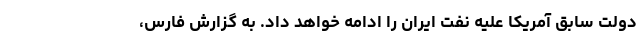
دولت سابق آمریکا علیه نفت ایران را ادامه خواهد داد. به گزارش فارس،